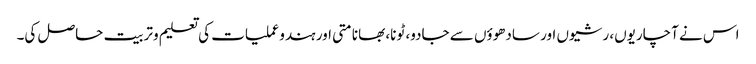
اس نے آچاریوں، رشیوں اور سادھوؤں سے جادو، ٹونا، بھانامتی اور ہندوعملیات کی تعلیم وتربیت حاصل کی۔